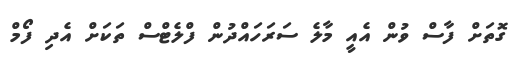
ގޮތަށް ފާސް ވުން އެއީ މާލެ ސަރަހައްދުން ފްލެޓްސް ތަކަށް އެދި ފޯމް